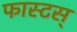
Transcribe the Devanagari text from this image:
फास्टस्